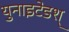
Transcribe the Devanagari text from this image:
युनाइटेडश्